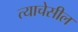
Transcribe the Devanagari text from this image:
त्याचेसील